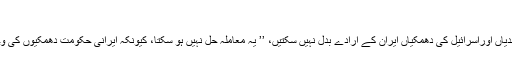
‘‘
کاسترو کے بقول امریکہ کی پابندیاں اوراسرائیل کی دھمکیاں ایران کے ارادے بدل نہیں سکتیں، ’’ یہ معاملہ حل نہیں ہو سکتا، کیونکہ ایرانی حکومت دھمکیوں کی وجہ سے ہر گز نہیں جھکے گی ۔